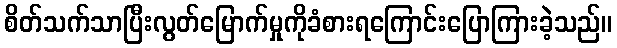
စိတ်သက်သာပြီးလွတ်မြောက်မှုကိုခံစားရကြောင်းပြောကြားခဲ့သည်။